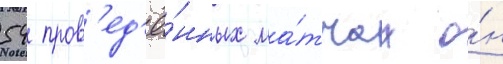
54 пров'ед'ё́нных ма́тчах о́н